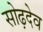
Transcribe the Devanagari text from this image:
सोढ़देव